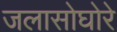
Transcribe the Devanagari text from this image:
जलासोघोरे